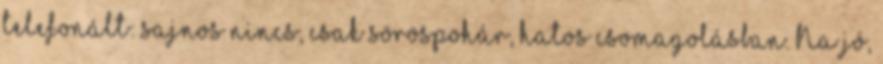
telefonált: sajnos nincs, csak söröspohár, hatos csomagolásban. Na jó,